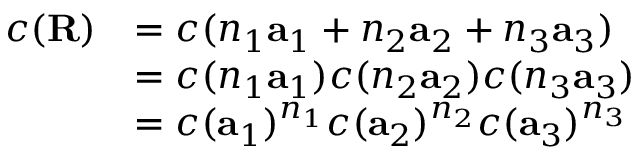
{ \begin{array} { r l } { c ( \mathbf { R } ) } & { = c ( n _ { 1 } \mathbf { a } _ { 1 } + n _ { 2 } \mathbf { a } _ { 2 } + n _ { 3 } \mathbf { a } _ { 3 } ) } \\ & { = c ( n _ { 1 } \mathbf { a } _ { 1 } ) c ( n _ { 2 } \mathbf { a } _ { 2 } ) c ( n _ { 3 } \mathbf { a } _ { 3 } ) } \\ & { = c ( \mathbf { a } _ { 1 } ) ^ { n _ { 1 } } c ( \mathbf { a } _ { 2 } ) ^ { n _ { 2 } } c ( \mathbf { a } _ { 3 } ) ^ { n _ { 3 } } } \end{array} }